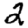
Digit: 2